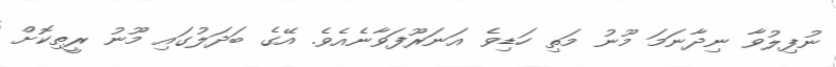
ނުފިލުވާ ނިދާނަމަ މޫނު މަތި ހަޑިވެ އަނަރޫފަވާނެއެވެ. އޭގެ ބަދަލުގައި މޫނު ރީތިކޮށް